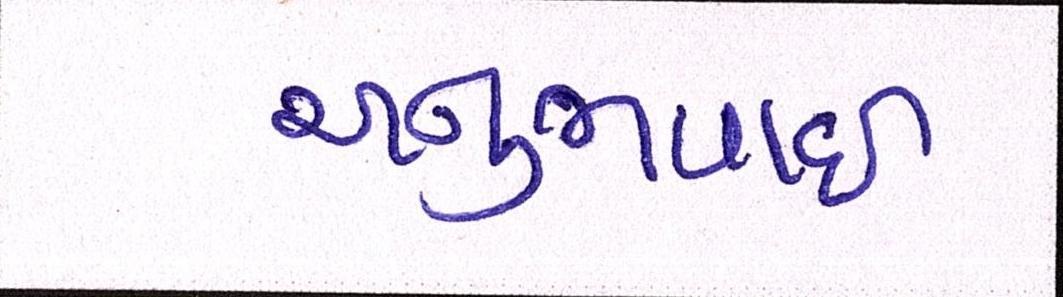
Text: અનુભવાઇ